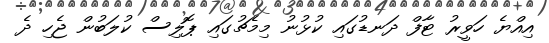
އިއްޔެ ހަވީރު ޓާފް ދަނޑުގައި ކުޅުނު މިމެޗުގައި ޕޮލިސް ކުލަބުން ޖެހި ދެ